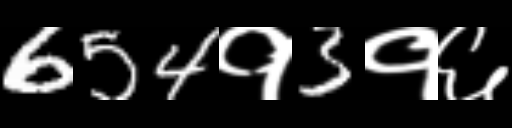
Text: 654१3१६